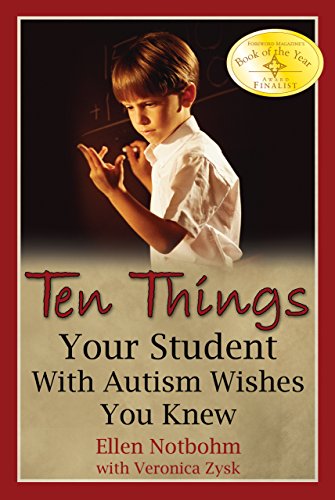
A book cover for Ten Things Your Student with Autism Wishes You Knew; Ellen Notbohm; Health, Fitness & Dieting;